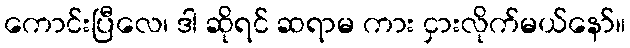
ကောင်းပြီလေ၊ ဒါ ဆိုရင် ဆရာမ ကား ငှားလိုက်မယ်နော်။